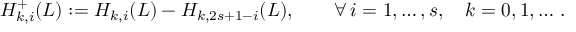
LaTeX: H _ { k , i } ^ { + } ( L ) : = H _ { k , i } ( L ) - H _ { k , 2 s + 1 - i } ( L ) , \qquad \forall \, i = 1 , \ldots , s , \quad k = 0 , 1 , \ldots \, .